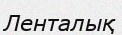
Ленталық